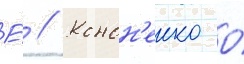
Е́ // Конон'енко о́